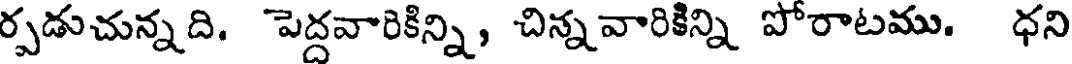
ర్పడుచున్నది. పెద్దవారికిన్ని, చిన్నవారికిన్ని పోరాటము. ధని